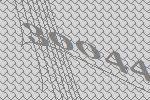
30044